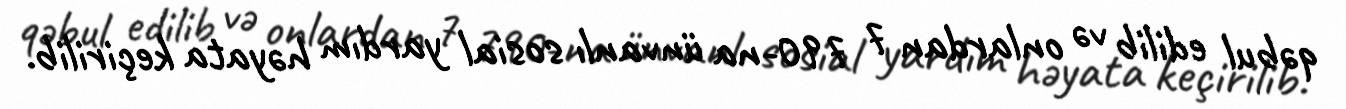
qəbul edilib və onlardan 7 790-na ünvanlı sosial yardım həyata keçirilib.